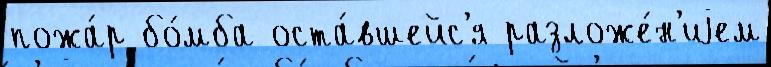
пожа́р бо́мба оста́вшейс'я разложе́н'иjем